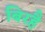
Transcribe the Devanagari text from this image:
बिरहै